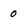
Character: 0